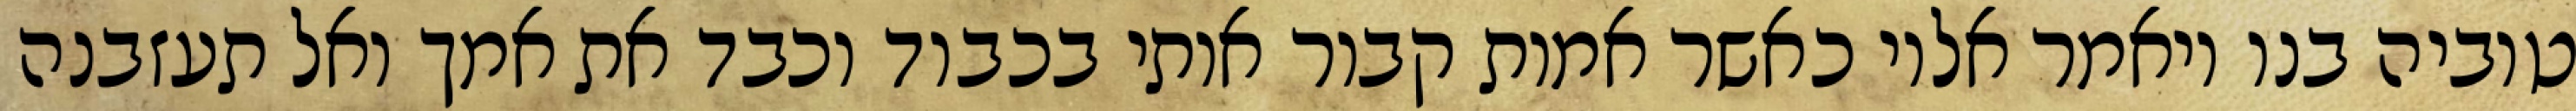
טוביה בנו ויאמר אליו כאשר אמות קבור אותי בכבוד וכבד את אמך ואל תעזבנה